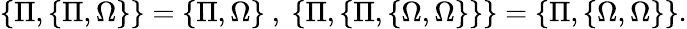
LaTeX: \{ \Pi,\{ \Pi,\Omega\} \} =\{ \Pi,\Omega\} ~,~\{ \Pi,\{ \Pi,\{ \Omega,\Omega\} \} \} =\{ \Pi,\{ \Omega,\Omega\} \} .